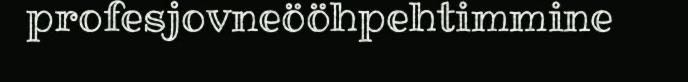
profesjovneööhpehtimmine